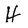
Character: H